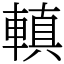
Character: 䡩